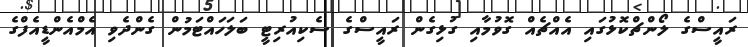
ރައީސްގެ ލޯންޗްކޮޅުގައި އެއްޗެއް ގޮވުމާއި ގުޅިގެން ރައީސްގެ ސެކިއުރިޓީ ބަލަހައްޓަމުން ގެންދެވި އެމްއެންޑީއެފްގެ